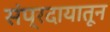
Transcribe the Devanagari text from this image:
संप्रदायातून